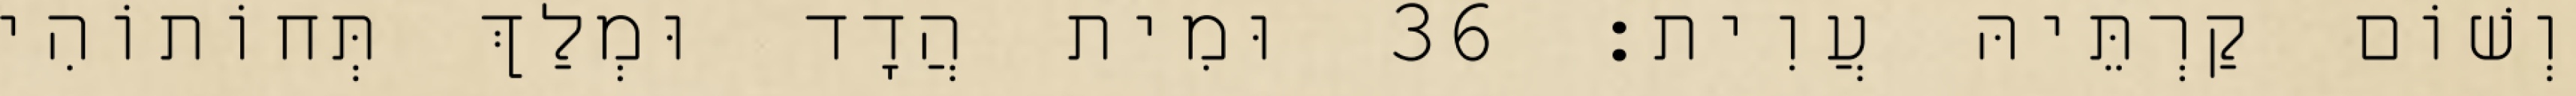
וְשׁוֹם קַרְתֵּיהּ עֲוִית׃ 36 וּמִית הֲדָד וּמְלַךְ תְּחוֹתוֹהִי